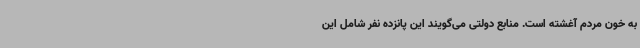
به خون مردم آغشته است. منابع دولتی می‌گویند این پانزده نفر شامل این